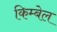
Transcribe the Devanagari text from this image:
किम्बेल